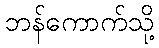
ဘန်ကောက်သို့